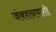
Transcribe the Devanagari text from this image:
जंक्शनपाशी